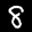
Label: 8